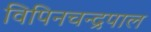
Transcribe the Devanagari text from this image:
विपिनचन्द्रपाल